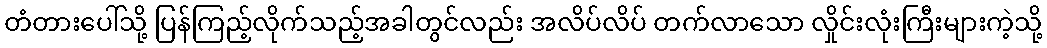
တံတားပေါ်သို့ ပြန်ကြည့်လိုက်သည့်အခါတွင်လည်း အလိပ်လိပ် တက်လာသော လှိုင်းလုံးကြီးများကဲ့သို့